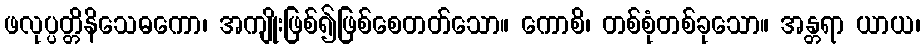
ဖလုပ္ပတ္တိနိသေဓကော၊ အကျိုးဖြစ်၍ဖြစ်စေတတ်သော။ ကောစိ၊ တစ်စုံတစ်ခုသော။ အန္တရာ ယာယ၊